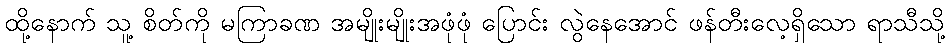
ထို့နောက် သူ့ စိတ်ကို မကြာခဏ အမျိုးမျိုးအဖုံဖုံ ပြောင်း လွဲနေအောင် ဖန်တီးလေ့ရှိသော ရာသီသို့